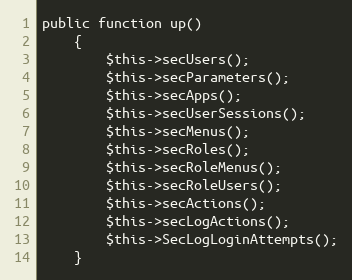
Language: PHP
public function up()
    {
        $this->secUsers();
        $this->secParameters();
        $this->secApps();
        $this->secUserSessions();
        $this->secMenus();
        $this->secRoles();
        $this->secRoleMenus();
        $this->secRoleUsers();
        $this->secActions();
        $this->secLogActions();
        $this->SecLogLoginAttempts();
    }